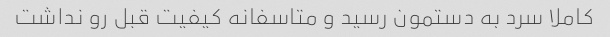
کاملا سرد به دستمون رسید و متاسفانه کیفیت قبل رو نداشت